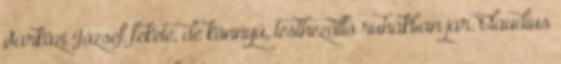
Sárközi József fekete, de könnyű, testhezálló ruhákban jár. Claudius